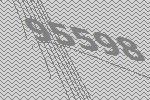
95598